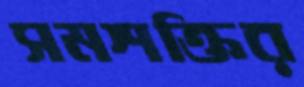
সমশক্তির